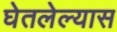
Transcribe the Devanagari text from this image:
घेतलेल्यास